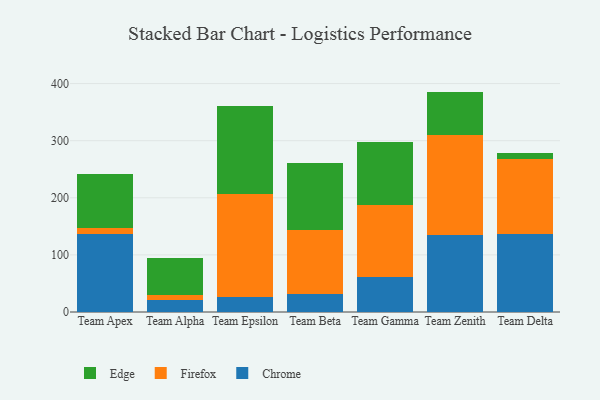
{"axis": {"x": "Team", "y": "Revenue (USD Million)"}, "legend": ["Chrome", "Edge", "Firefox"], "data": [{"x": "Team Apex", "y": 136.0, "type": "Chrome"}, {"x": "Team Apex", "y": 11.9, "type": "Firefox"}, {"x": "Team Apex", "y": 93.6, "type": "Edge"}, {"x": "Team Alpha", "y": 20.9, "type": "Chrome"}, {"x": "Team Alpha", "y": 9.3, "type": "Firefox"}, {"x": "Team Alpha", "y": 64.1, "type": "Edge"}, {"x": "Team Epsilon", "y": 27.1, "type": "Chrome"}, {"x": "Team Epsilon", "y": 178.8, "type": "Firefox"}, {"x": "Team Epsilon", "y": 155.3, "type": "Edge"}, {"x": "Team Beta", "y": 31.6, "type": "Chrome"}, {"x": "Team Beta", "y": 111.9, "type": "Firefox"}, {"x": "Team Beta", "y": 117.7, "type": "Edge"}, {"x": "Team Gamma", "y": 60.5, "type": "Chrome"}, {"x": "Team Gamma", "y": 127.7, "type": "Firefox"}, {"x": "Team Gamma", "y": 110.2, "type": "Edge"}, {"x": "Team Zenith", "y": 135.2, "type": "Chrome"}, {"x": "Team Zenith", "y": 174.2, "type": "Firefox"}, {"x": "Team Zenith", "y": 76.5, "type": "Edge"}, {"x": "Team Delta", "y": 135.9, "type": "Chrome"}, {"x": "Team Delta", "y": 132.1, "type": "Firefox"}, {"x": "Team Delta", "y": 10.9, "type": "Edge"}]}